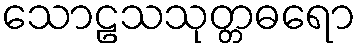
သောဠသသုတ္တဓရော